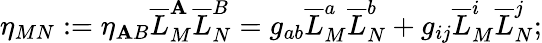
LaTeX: \eta_{MN}:=\eta_{\mathbf{A}B}\overline{{{{L}}}}_{M}^{\mathbf{A}}\overline{{{{L}}}}_{N}^{B}=g_{ab}\overline{{{{L}}}}_{M}^{a}\overline{{{{L}}}}_{N}^{b}+g_{ij}\overline{{{{L}}}}_{M}^{i}\overline{{{{L}}}}_{N}^{j};